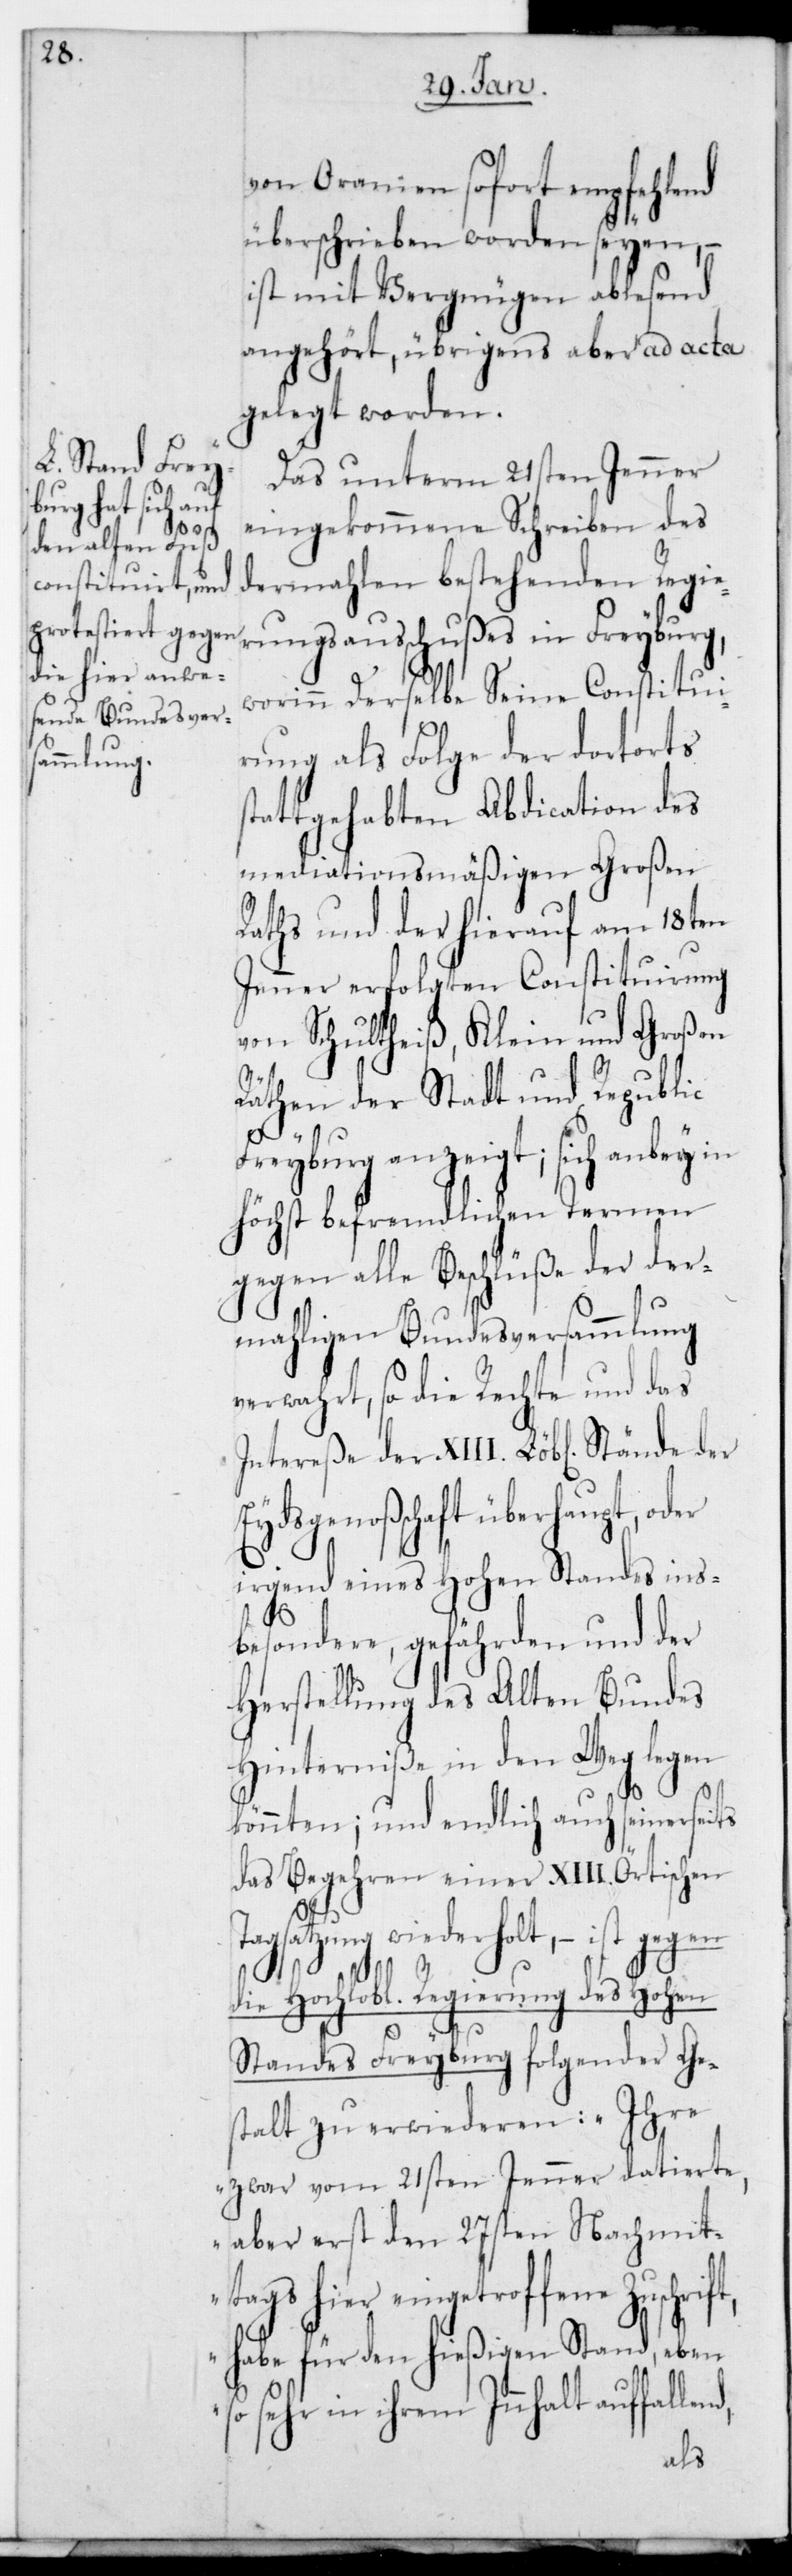
ft,

von Oranien sofort empfehlend
überschrieben worden seyen,
ist mit Vergnügen ablesend
angehört, übrigens aber ad acta
gelegt worden.
Das unterm 21sten Jenner
eingekommene Schreiben des
dermahlen bestehenden Regie¬
rungsausschußes in Freyburg,
worinn derselbe Seine Constituie¬
rung als Folge der dortorts
tattgehabten Abdication des
mediationsmäßigen Großen
Raths und der hierauf am 18ten
Jenner erfolgten Constituierung
von Schultheiß, Klein und Großen
Räthen der Stadt und Republic
Freyburg anzeigt; sich anbey in
höchst befremdlichen Termen
gegen alle Beschlüße der der¬
mahligen Bundesversammlung
verwahrt, so die Rechte und das
Intereße der XIII. Löbl. Stände der
Eydsgenoßenschaft überhaupt, oder
irgend eines Hohen Standes ins¬
besondere, gefährden und der
Herstellung des Alten Bundes
Hinderniße in den Weg legen
könnten; und endlich auch seinersei¬
das Begehren einer XIII. Örtischen
nd,
agsatzung wiederholt, – ist geg¬
die Hochlobl. Regierung des Hohen
Standes Freyburg folgender Ge¬
stalt zu erwiederen: „Ihre
zwar vom 21sten Jenner datierte,
aber erst den 27sten Nachmit¬
tags hier eingetroffene Zuschri¬
habe für den hießigen Stand, eben
sehr in ihrem Innhalt auffalle¬